Medical and sanitary report of the native army of Madras for the year
Year: 1875
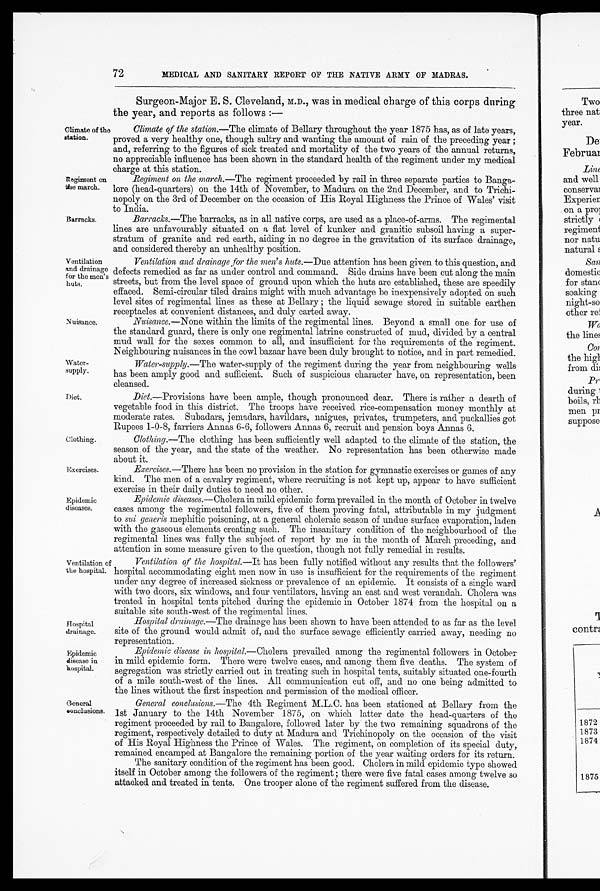
Water
-supply.
Diet.
Clothing.
Exercises.
72
Climate of the
station.
Regiment on
the march.
Barracks.
Ventilation
and drainage
for the men's
huts.
MEDICAL AND SANITARY REPORT OF THE NATIVE ARMY OF MADRAS.
Surgeon-Major E. S. Cleveland, M.D., was in medical charge of this corps during
the year, and reports as follows :—
Climate of the station.— The climate of Bellary throughout the year 1875 has, as of late years,
proved a very healthy one, though sultry and wanting the amount of rain of the preceding year;
and, referring to the figures of sick treated and mortality of the two years of the annual returns,
no appreciable influence has been shown in the standard health of the regiment under my medical
charge at this station.
Regiment on the march.— The regiment proceeded by rail in three separate parties to Banga
-lore (head-quarters) on the 14th of November, to Madura on the 2nd December, and to Trichi
-nopoly on the 3rd of December on the occasion of His Royal Highness the Prince of Wales' visit
to India.
Barracks.— The barracks, as in all native corps, are used as a place-of-arms. The regimental
lines are unfavourably situated on a flat level of kunker and granitic subsoil having a super
-stratum of granite and red earth, aiding in no degree in the gravitation of its surface drainage,
and considered thereby an unhealthy position.
Ventilation and drainage for the men's huts.— Due attention has been given to this question, and
defects remedied as far as under control and command. Side drains have been cut along the main
streets, but from the level space of ground upon which the huts are established, these are speedily
effaced. Semi-circular tiled drains might with much advantage be inexpensively adopted on such
level sites of regimental lines as these at Bellary; the liquid sewage stored in suitable earthen
receptacles at convenient distances, and duly carted away.
Nuisance.
Epidemic
diseases.
Nuisance.— None within the limits of the regimental lines. Beyond a small one for use of
the standard guard, there is only one regimental latrine constructed of mud, divided by a central
mud wall for the sexes common to all, and insufficient for the requirements of the regiment.
Neighbouring nuisances in the cowl bazaar have been duly brought to notice, and in part remedied.
Water-supply.— The water-supply of the regiment during the year from neighbouring wells
has been amply good and sufficient. Such of suspicious character have, on representation, been
cleansed.
Diet.— Provisions have been ample, though pronounced dear. There is rather a dearth of
vegetable food in this district. The troops have received rice-compensation money monthly at
moderate rates. Subadars, jemadars, havildars, naigues, privates, trumpeters, and puckallies got
Rupees 1-0-8, farriers Annas 6-6, followers Annas 6, recruit and pension boys Annas 6.
Clothing.— The clothing has been sufficiently well adapted to the climate of the station, the
season of the year, and the state of the weather. No representation has been otherwise made
about it.
Exercises.— There has been no provision in the station for gymnastic exercises or games of any
kind. The men of a cavalry regiment, where recruiting is not kept up, appear to have sufficient
exercise in their daily duties to need no other.
Epidemic diseases.— Cholera in mild epidemic form prevailed in the month of October in twelve
cases among the regimental followers, five of them proving fatal, attributable in my judgment
to sui generis mephitic poisoning, at a general choleraic season of undue surface evaporation, laden
with the gaseous elements creating such. The insanitary condition of the neighbourhood of the
regimental lines was fully the subject of report by me in the month of March preceding, and
attention in some measure given to the question, though not fully remedial in results.
Ventilation of
the hospital.
Hospital
drainage.
Ventilation of the hospital.— It has been fully notified without any results that the followers'
hospital accommodating eight men now in use is insufficient for the requirements of the regiment
under any degree of increased sickness or prevalence of an epidemic. It consists of a single ward
with two doors, six windows, and four ventilators, having an east and west verandah. Cholera was
treated in hospital tents pitched during the epidemic in October 1874 from the hospital on a
suitable site south-west of the regimental lines.
Hospital drainage.— The drainage has been shown to have been attended to as far as the level
site of the ground would admit of, and the surface sewage efficiently carried away, needing no
representation.
Epidemic
disease in
hospital.
General
conclusions.
Epidemic disease in hospital.— Cholera prevailed among the regimental followers in October
in mild epidemic form. There were twelve cases, and among them five deaths. The system of
segregation was strictly carried out in treating such in hospital tents, suitably situated one-fourth
of a mile south-west of the lines. All communication cut off, and no one being admitted to
the lines without the first inspection and permission of the medical officer.
General conclusions.— The 4th Regiment M.L.C. has been stationed at Bellary from the
1st January to the 14th November 1875, on which latter date the head-quarters of the
regiment proceeded by rail to Bangalore, followed later by the two remaining squadrons of the
regiment, respectively detailed to duty at Madura and Trichinopoly on the occasion of the visit
of His Royal Highness the Prince of Wales. The regiment, on completion of its special duty,
remained encamped at Bangalore the remaining portion of the year waiting orders for its return.
The sanitary condition of the regiment has been good. Cholera in mild epidemic type showed
itself in October among the followers of the regiment; there were five fatal cases among twelve so
attacked and treated in tents. One trooper alone of the regiment suffered from the disease.